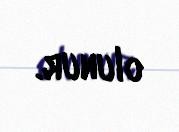
olunur.